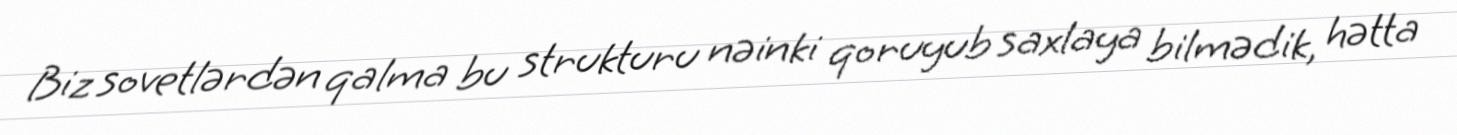
Biz sovetlərdən qalma bu strukturu nəinki qoruyub saxlaya bilmədik, hətta